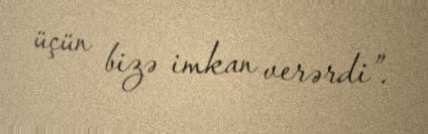
üçün bizə imkan verərdi”.